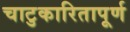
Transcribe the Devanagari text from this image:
चाटुकारितापूर्ण